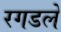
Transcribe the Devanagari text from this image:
रगडले